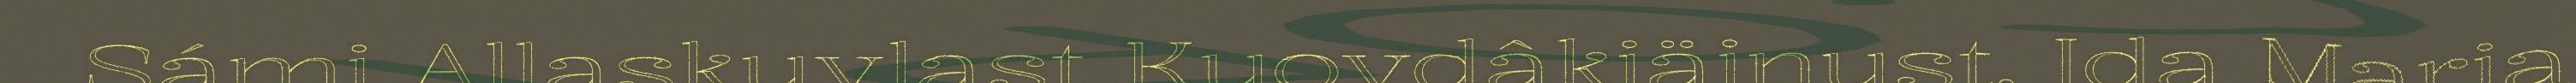
Sámi Allaskuvlast Kuovdâkiäinust. Ida Maria